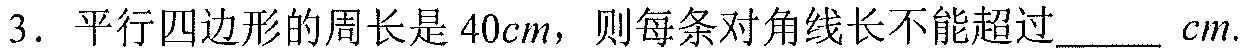
3. 平行四边形的周长是\(40cm\)，则每条对角线长不能超过______ \(cm\).